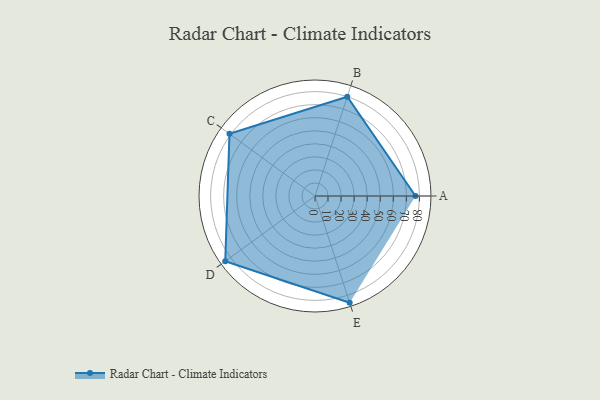
{"axis": {"x": "Skill", "y": "Score"}, "legend": ["Profile"], "data": [{"x": "A", "y": 77.0, "type": "Profile"}, {"x": "B", "y": 80.0, "type": "Profile"}, {"x": "C", "y": 81.0, "type": "Profile"}, {"x": "D", "y": 85.0, "type": "Profile"}, {"x": "E", "y": 86.0, "type": "Profile"}]}